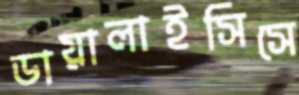
ডায়ালাইসিসে